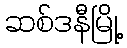
ဆစ်ဒနီမြို့